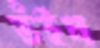
ভঁইষ